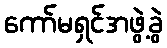
ကော်မရှင်အဖွဲ့ခွဲ